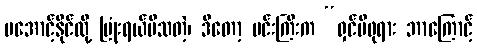
မအောင့်နိုင်လို့ ပြုံးရယ်မိသတဲ့၊ ဒီတော့ မင်းကြီးက “ရှင်မိဖုရား ဘာကြောင့်